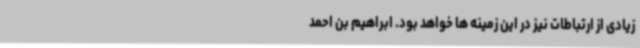
زیادی از ارتباطات نیز در این زمینه ها خواهد بود. ابراهیم بن احمد